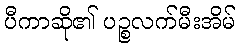
ပီကာဆို၏ ပဉ္စလက်မီးအိမ်